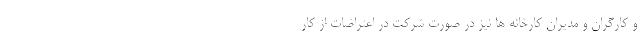
و کارگران و مدیران کارخانه ها نیز در صورت شرکت در اعتراضات از کار